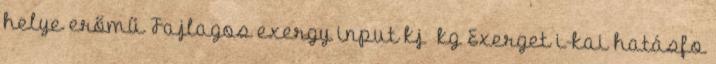
helye erőmű Fajlagos exergy input kj kg Exerget i-kai hatásfo